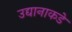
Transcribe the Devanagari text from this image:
उद्यानाकडे